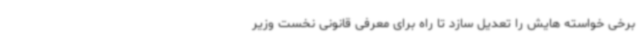
برخی خواسته هایش را تعدیل سازد تا راه برای معرفی قانونی نخست وزیر